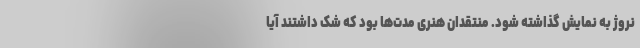
نروژ به نمایش گذاشته شود. منتقدان هنری مدت‌ها بود که شک داشتند آیا